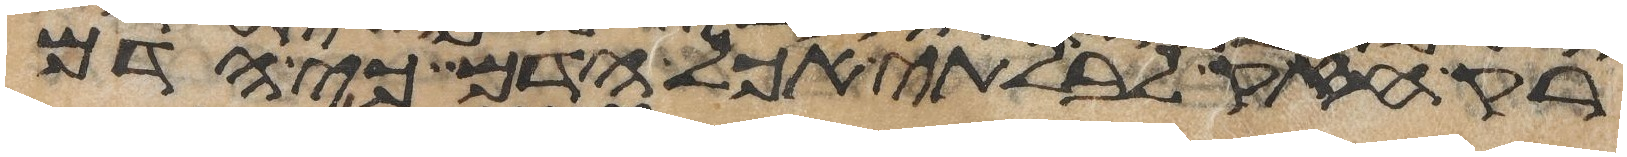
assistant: רק חזק לבלתי אכל הדם כי הדם